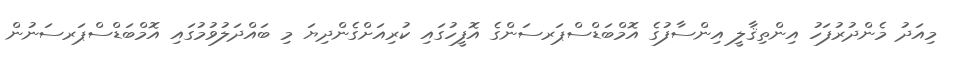
މިއަދު މެންދުރުފަހު އިންތިޤާލީ އިންސާފުގެ އޮމްބަޑްސްޕަރސަންގެ އޮފީހުގައި ކުރިއަށްގެންދިޔަ މި ބައްދަލުވުމުގައި އޮމްބަޑްސްޕަރސަނުން